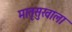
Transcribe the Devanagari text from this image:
मातृसुखाला